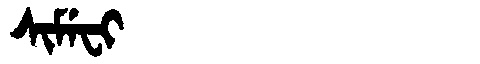
Manchu: ᠰᡳᠮᡝᠸᡳ
Romanization: SIMEFI